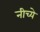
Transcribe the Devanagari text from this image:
नीच्ये